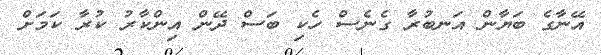
އޭނާގެ ބަޔާން އަނބުރާ ގެނެސް ހެކި ބަސް ދޭން އިންކާރު ކުރާ ކަމަށް